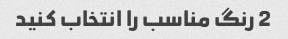
2 رنگ مناسب را انتخاب کنید